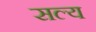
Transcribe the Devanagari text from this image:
सल्य